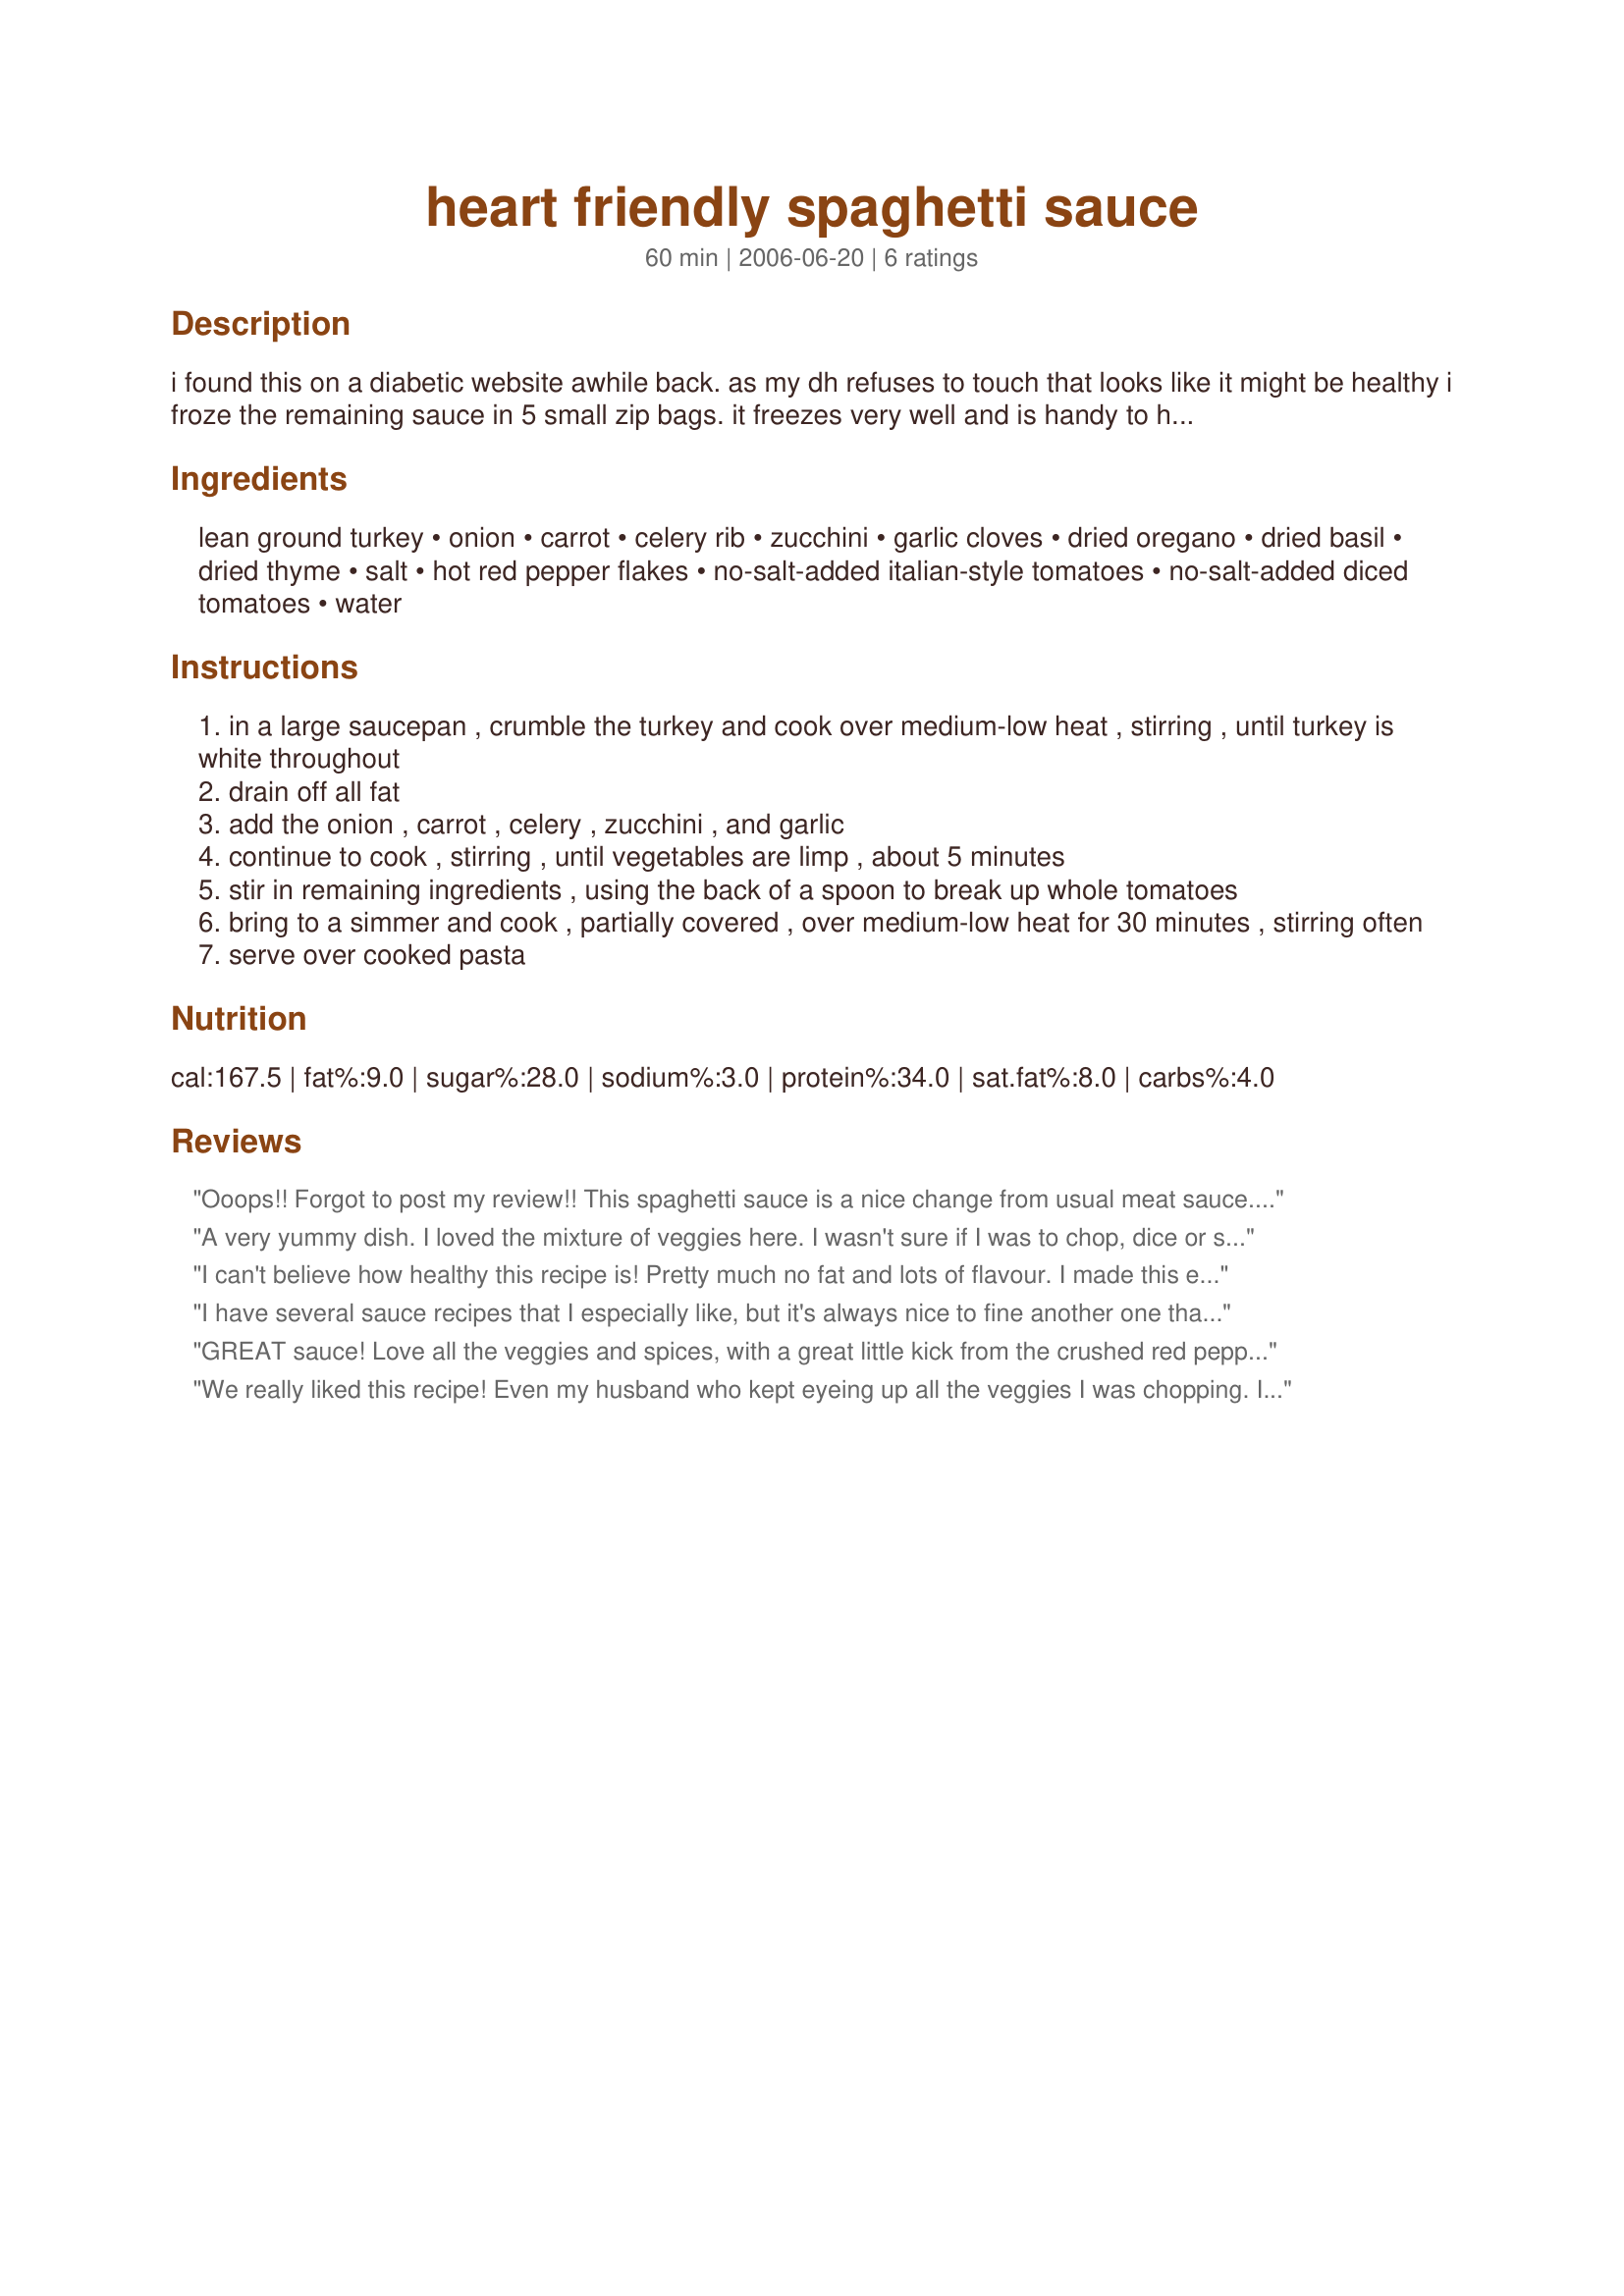
heart friendly spaghetti sauce
Preparation time: 60 minutes

i found this on a diabetic website awhile back. as my dh refuses to touch that looks like it might be healthy i froze the remaining sauce in 5 small zip bags. it freezes very well and is handy to have in serving sizes. i just defrost them in the micro. it's tasty as well as handy which is always a good thing.

Ingredients:
lean ground turkey, onion, carrot, celery rib, zucchini, garlic cloves, dried oregano, dried basil, dried thyme, salt, hot red pepper flakes, no-salt-added italian-style tomatoes, no-salt-added diced tomatoes, water

Steps:
in a large saucepan , crumble the turkey and cook over medium-low heat , stirring , until turkey is white throughout
drain off all fat
add the onion , carrot , celery , zucchini , and garlic
continue to cook , stirring , until vegetables are limp , about 5 minutes
stir in remaining ingredients , using the back of a spoon to break up whole tomatoes
bring to a simmer and cook , partially covered , over medium-low heat for 30 minutes , stirring often
serve over cooked pasta

Reviews:
Ooops!! Forgot to post my review!! This spaghetti sauce is a nice change from usual meat sauce. We enjoyed it a lot - only change I made was to add chili peppers to give it a little kick! Thanks Annacia!
A very yummy dish. I loved the mixture of veggies here. I wasn't sure if I was to chop, dice or slice them but decided to chop. I made this early in the day and reheated for dinner. The flavors had a nice chance to blend. You don't even know that it's made with turkey. I topped it with a sprinkle of Parmesan cheese and a dash of red pepper. My kind of dish . Thanks for posting. :)
I can't believe how healthy this recipe is! Pretty much no fat and lots of flavour. I made this exactly as listed but I would let it simmer a bit more next time, to thicken it up. My son and I enjoyed our sauce on spaghetti - what better place for spaghetti sauce? Made for Went To The Market tag game. Thanks Annacia! :)
I have several sauce recipes that I especially like, but it's always nice to fine another one that we enjoy & that I can make now & then as well! Your recipe is absolutely great & we appreciate you posting it! Loved the addition of all those veggies, & or course, I like using the whole tomatoes, & break them up by gently squeezing them in my fingers (clean fingers, of course) ~ Sort of like a very little kid playing with his food! I'll definitely be keeping this recipe around! [Made & reviewed in the current Almost 5 Special Event)
GREAT sauce! Love all the veggies and spices, with a great little kick from the crushed red pepper. I don't care for onion so left it out and subbed some green and red bell pepper instead. I lost track of time a bit and ended up cooking this for about 50 minutes and it was just terrific - thanks for sharing the recipe!
We really liked this recipe! Even my husband who kept eyeing up all the veggies I was chopping. Instead of the canned diced tomatoes I used some whole frozen tomatoes that I had from the garden last year. I didn't add the 1/2 c. water as I didn't feel I needed that much liquid. I added a 1/4 c. red wine, though. I also added fresh mushrooms. I seasoned the turkey with Italian seasoning while it browned, and used fresh basil. Toward the end of cooking I added a little garlic salt and fresh grated Parmesan cheese. Next time I will let it simmer longer as the consistency was too thin. I will definitely make this again! Thanks, Annacia
